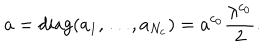
LaTeX: a = \mathrm { d i a g } ( a _ { 1 } , \dots , a _ { N _ { \mathrm { c } } } ) = a ^ { c _ { 0 } } \frac { \lambda ^ { c _ { 0 } } } { 2 } .